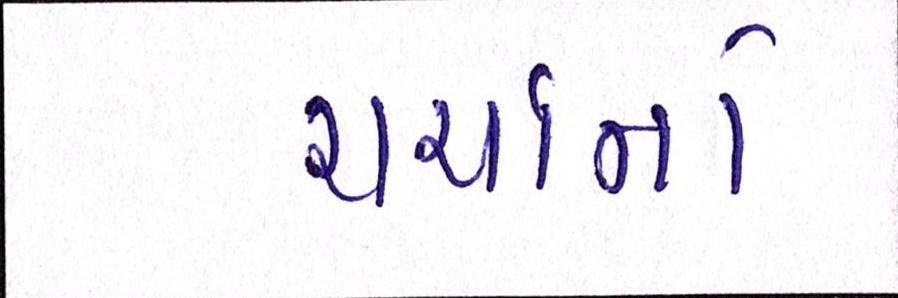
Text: ચર્ચાનો